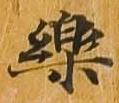
楽